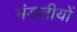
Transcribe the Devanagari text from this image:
मंडलीयों